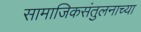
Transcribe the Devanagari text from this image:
सामाजिकसंतुलनाच्या